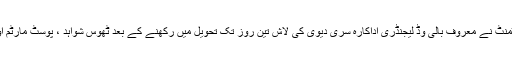
متحدہ عرب امارات کے پبلک پروسیکیوشن ڈپارٹمنٹ نے معروف بالی وڈ لیجنڈری اداکارہ سری دیوی کی لاش تین روز تک تحویل میں رکھنے کے بعد ٹھوس شواہد ، پوسٹ مارٹم اور فرانزک رپورٹ کی روشنی میں تحقیقات کیں۔